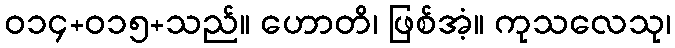
ဝ၁၄+၀၁၅+သည်။ ဟောတိ၊ ဖြစ်အံ့။ ကုသလေသု၊